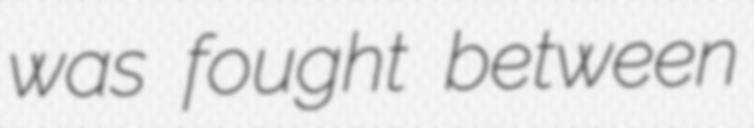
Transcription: was fought between